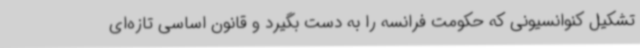
تشکیل کنوانسیونی که حکومت فرانسه را به دست بگیرد و قانون اساسی تازه‌ای